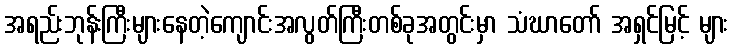
အရည်းဘုန်းကြီးများနေတဲ့ကျောင်းအလွတ်ကြီးတစ်ခုအတွင်းမှာ သံဃာတော် အရှင်မြင့် များ